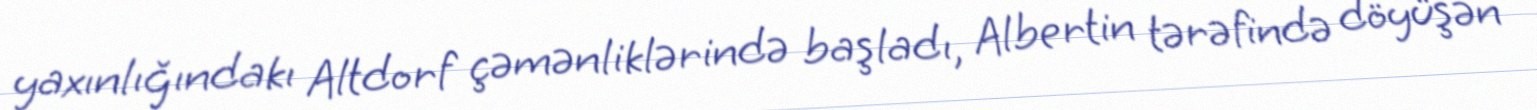
yaxınlığındakı Altdorf çəmənliklərində başladı, Albertin tərəfində döyüşən